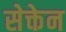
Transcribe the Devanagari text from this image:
सेक्तेन